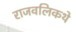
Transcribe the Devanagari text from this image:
राजवलिकथे